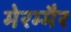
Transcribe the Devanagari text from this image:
मेरम्मैर